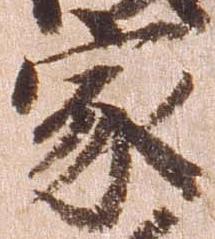
家